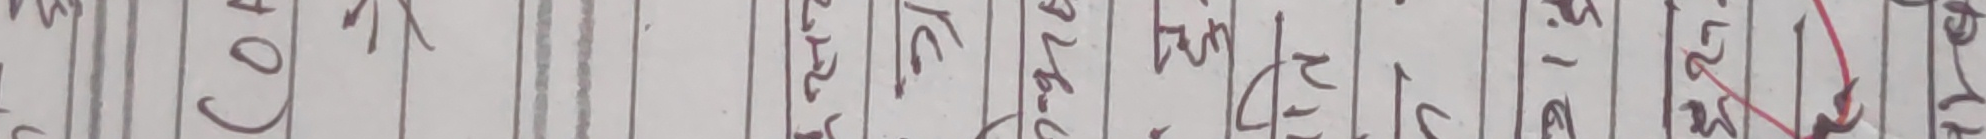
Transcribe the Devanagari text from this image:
को २७